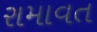
રામાવત